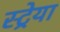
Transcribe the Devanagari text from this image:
स्ट्रेया